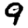
Digit: 9